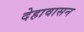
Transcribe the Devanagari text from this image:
देहावासन